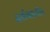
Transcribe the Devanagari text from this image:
दर्शनाचीच